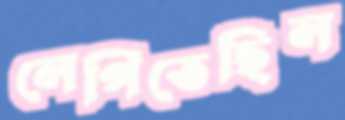
লেপিতেছিল